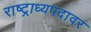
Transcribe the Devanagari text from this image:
राष्ट्राध्यपदावर